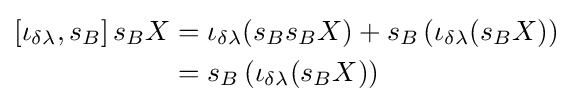
{\begin{aligned}\left[\iota _{\delta \lambda },s_{B}\right]s_{B}X&=\iota _{\delta \lambda }(s_{B}s_{B}X)+s_{B}\left(\iota _{\delta \lambda }(s_{B}X)\right)\\&=s_{B}\left(\iota _{\delta \lambda }(s_{B}X)\right)\end{aligned}}